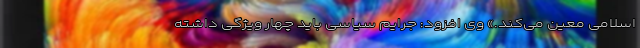
اسلامی معین می‌کند.» وی افزود: جرایم سیاسی باید چهار ویژگی داشته